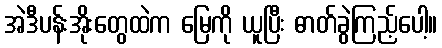
အဲဒီပန်းအိုးတွေထဲက မြေကို ယူပြီး ဓာတ်ခွဲကြည့်ပေါ့။